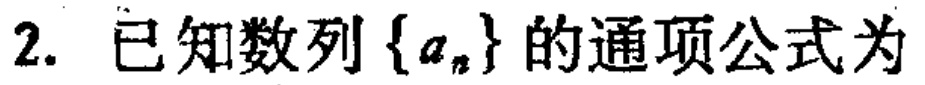
2. 已知数列\(\{a_{n}\}\)的通项公式为